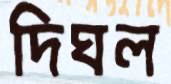
দিঘল